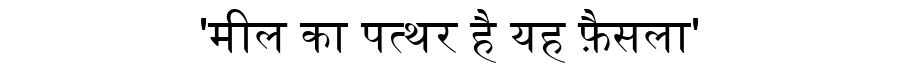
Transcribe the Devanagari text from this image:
'मील का पत्थर है यह फ़ैसला'